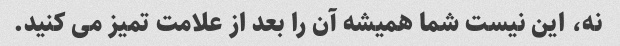
نه، این نیست شما همیشه آن را بعد از علامت تمیز می کنید.